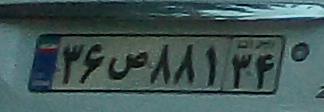
۳۶ص۸۸۱۳۴